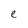
Character: e